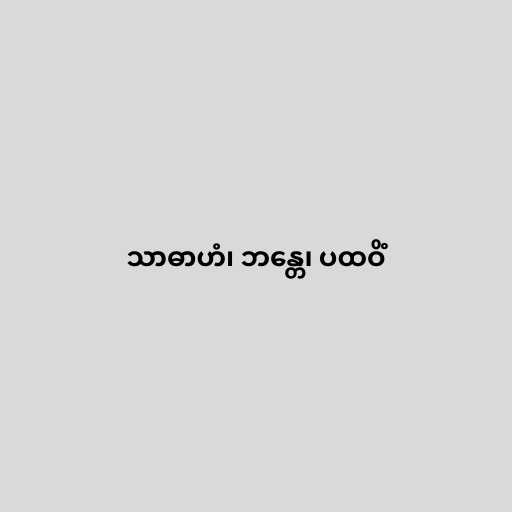
သာဓာဟံ၊ ဘန္တေ၊ ပထဝိံ